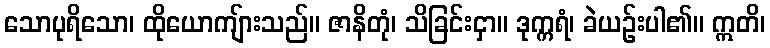
သောပုရိသော၊ ထိုယောကျ်ားသည်။ ဇာနိတုံ၊ သိခြင်းငှာ။ ဒုက္ကရံ၊ ခဲယဉ်းပါ၏။ ဣတိ၊